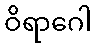
ဝိရာဂေါ